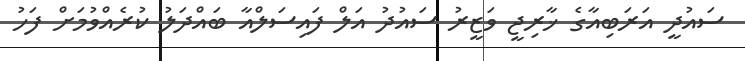
ސައުދީ އަރަބިއާގެ ޚާރިޖީ ވަޒީރު ސައުދު އަލް ފައިސަލްއާ ބައްދަލު ކުރެއްވުމަށް ފަހު